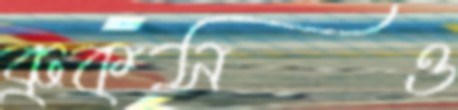
ব্রুকসও